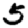
Digit: 5